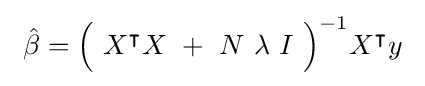
\ {\hat {\beta }}={\Bigl (}\ X^{\intercal }X\ +\ N\ \lambda \ I\ {\Bigr )}^{-1}X^{\intercal }y\